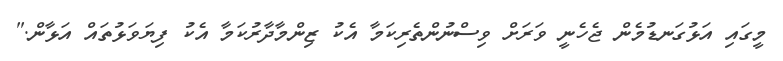
މީގައި އަޅުގަނޑުމެން ޖެހެނީ ވަރަށް ވިސްނުންތެރިކަމާ އެކު ޒިންމާދާރުކަމާ އެކު ފިޔަވަޅުތައް އަޅާން."